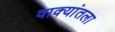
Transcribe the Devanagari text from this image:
वाक्यांतला